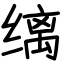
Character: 缡